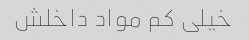
خیلی کم مواد داخلش